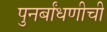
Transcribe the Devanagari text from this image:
पुनर्बांधणीची